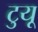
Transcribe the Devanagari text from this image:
टुयू